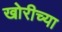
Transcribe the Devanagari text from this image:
खोरीच्या